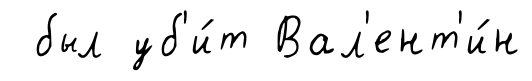
был уб'и́т Вал'ент'и́н